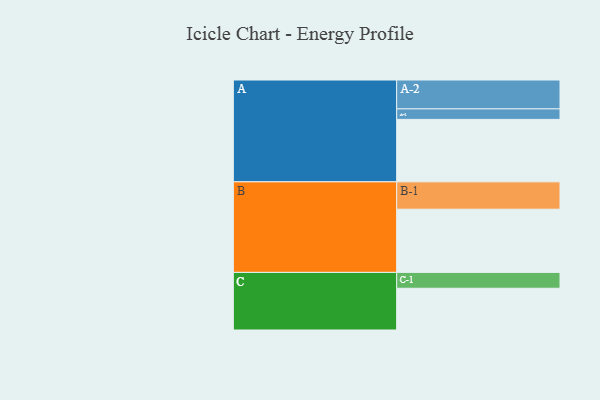
{"axis": {"x": "Segment", "y": "Value"}, "legend": ["", "A", "B", "C"], "data": [{"x": "A", "y": 504, "type": ""}, {"x": "B", "y": 510, "type": ""}, {"x": "C", "y": 337, "type": ""}, {"x": "A-1", "y": 85, "type": "A"}, {"x": "A-2", "y": 233, "type": "A"}, {"x": "B-1", "y": 221, "type": "B"}, {"x": "C-1", "y": 128, "type": "C"}]}